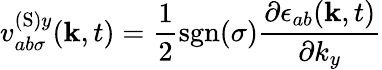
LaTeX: v_{ab\sigma}^{(\textrm{S})y}(\mathbf{k},t)=\frac{1}{2}\textrm{sgn}(\sigma)\frac{\partial\epsilon_{ab}(\mathbf{k},t)}{\partial k_{y}}